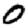
Digit: 0